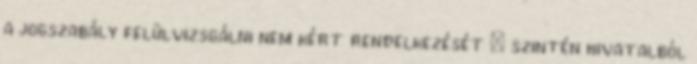
a jogszabály felülvizsgálni nem kért rendelkezését – szintén hivatalból